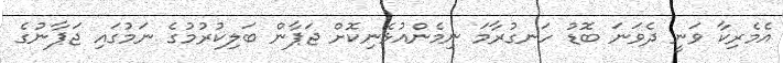
އެމެރިކާ ވަނީ ދެވަނަ ބޮޑު ހަނގުރާމަ ނިމެންއުޅެނިކޮށް ޖަޕާން ބަލިކުރުމުގެ ނަމުގައި ޖަޕާނުގެ